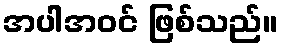
အပါအဝင် ဖြစ်သည်။